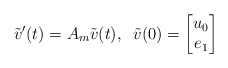
\begin{align*}\tilde{v}'(t)=A_m\tilde{v}(t),\;\; \tilde{v}(0)=\begin{bmatrix}u_0\\e_1\end{bmatrix}\end{align*}